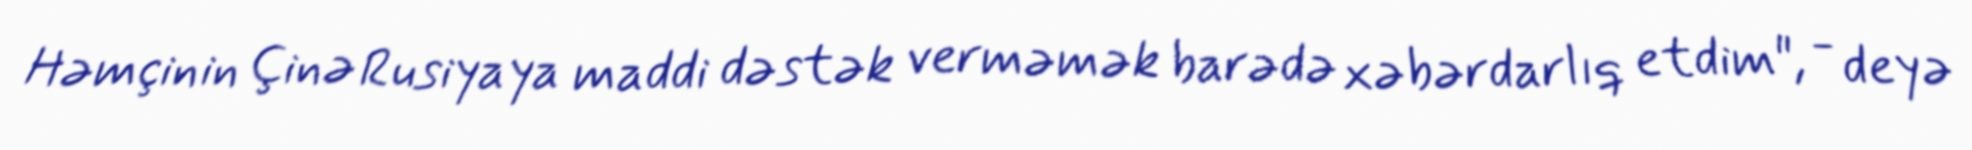
Həmçinin Çinə Rusiyaya maddi dəstək verməmək barədə xəbərdarlıq etdim", - deyə